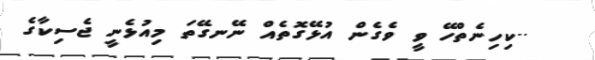
..ކިހިނެތްހޭ ވީ ވެގެން އުޅޭގޮތެއް ނޭނގޭތަ މިއުޅެނީ ޖެސިކާގެ